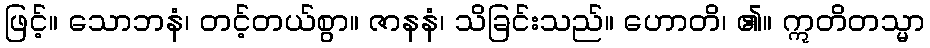
ဖြင့်။ သောဘနံ၊ တင့်တယ်စွာ။ ဇာနနံ၊ သိခြင်းသည်။ ဟောတိ၊ ၏။ ဣတိတသ္မာ